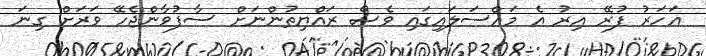
އަހަރު ފުރޭ އިރު އެ މައްސަލައިގައި ވެސް ރައްޔިތުންނަށް ސާފުވާންޖެހޭ ވަރަށް ގިނަ